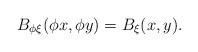
LaTeX: \begin{align*}B_{\phi\xi}(\phi x,\phi y)=B_{\xi}(x,y).\end{align*}